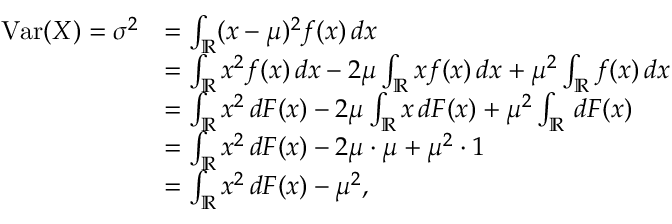
{ \begin{array} { r l } { \operatorname { V a r } ( X ) = \sigma ^ { 2 } } & { = \int _ { \mathbb { R } } ( x - \mu ) ^ { 2 } f ( x ) \, d x } \\ & { = \int _ { \mathbb { R } } x ^ { 2 } f ( x ) \, d x - 2 \mu \int _ { \mathbb { R } } x f ( x ) \, d x + \mu ^ { 2 } \int _ { \mathbb { R } } f ( x ) \, d x } \\ & { = \int _ { \mathbb { R } } x ^ { 2 } \, d F ( x ) - 2 \mu \int _ { \mathbb { R } } x \, d F ( x ) + \mu ^ { 2 } \int _ { \mathbb { R } } \, d F ( x ) } \\ & { = \int _ { \mathbb { R } } x ^ { 2 } \, d F ( x ) - 2 \mu \cdot \mu + \mu ^ { 2 } \cdot 1 } \\ & { = \int _ { \mathbb { R } } x ^ { 2 } \, d F ( x ) - \mu ^ { 2 } , } \end{array} }